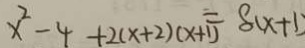
x ^ { 2 } - 4 + 2 ( x + 2 ) ( x + 1 ) = 8 ( x + 1 )